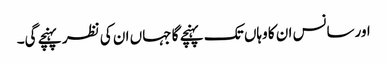
اورسانس ان کا وہاں تک پہنچے گا جہاں ان کی نظر پہنچے گی۔